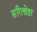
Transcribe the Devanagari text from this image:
सरित्श्रेष्ठा